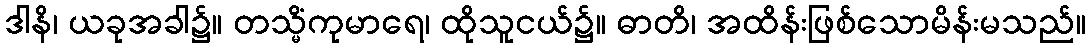
ဒါနိ၊ ယခုအခါ၌။ တသ္မိံကုမာရေ၊ ထိုသူငယ်၌။ ဓာတိ၊ အထိန်းဖြစ်သောမိန်းမသည်။